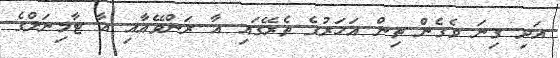
އަދި ގިނަ ވެގެން ތިން އަހަރުގެ ތެރޭގައި އާ ރަންވޭއާއި އާ ޓާމިނަލްގެ